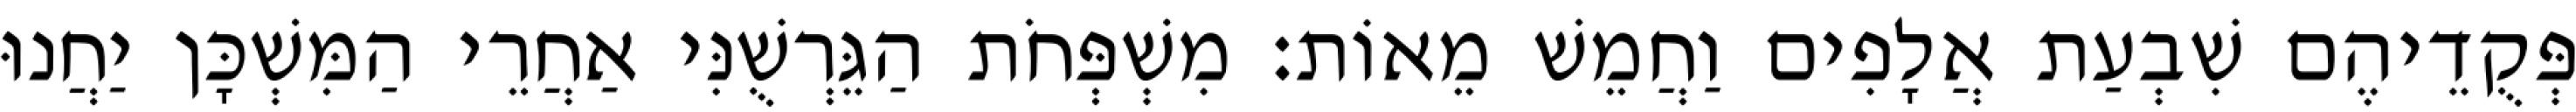
פְּקֻדֵיהֶם שִׁבְעַת אֲלָפִים וַחֲמֵשׁ מֵאוֹת׃ מִשְׁפְּחֹת הַגֵּרְשֻׁנִּי אַחֲרֵי הַמִּשְׁכָּן יַחֲנוּ